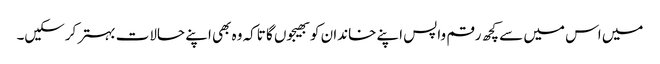
میں اس میں سے کچھ رقم واپس اپنے خاندان کو بھیجوں گا تاکہ وہ بھی اپنے حالات بہتر کرسکیں۔